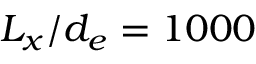
L _ { x } / d _ { e } = 1 0 0 0